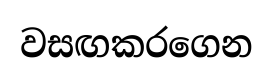
වසඟකරගෙන